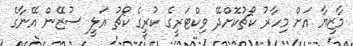
މާޒިޔާ އަށް މިހާރު ކޯޗުކޮށްދޭ ވިކްޓަރީގެ ކުރީގެ ކޯޗު އަލީ ސުޒޭން އޭނާގެ